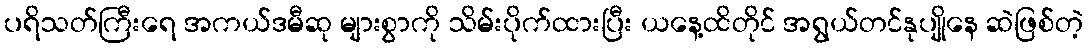
ပရိသတ်ကြီးရေ အကယ်ဒမီဆု များစွာကို သိမ်းပိုက်ထားပြီး ယနေ့ထိတိုင် အရွယ်တင်နုပျိုနေ ဆဲဖြစ်တဲ့